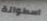
اسطوانة